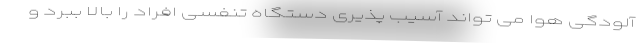
آلودگی هوا می تواند آسیب پذیری دستگاه تنفسی افراد را بالا ببرد و